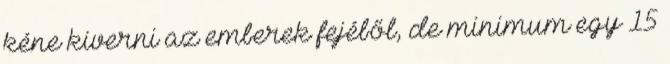
kéne kiverni az emberek fejéből, de minimum egy 15